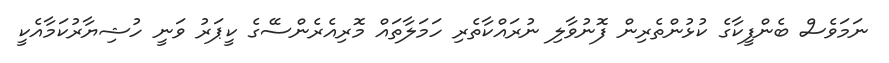
ނަމަވެސް ބެންފީކާގެ ކުޅުންތެރިން ފޮނުވާލި ނުރައްކާތެރި ހަމަލާތައް މޮރިއެރެންސޭގެ ކީޕަރު ވަނީ ހުޝިޔާރުކަމާއެކީ